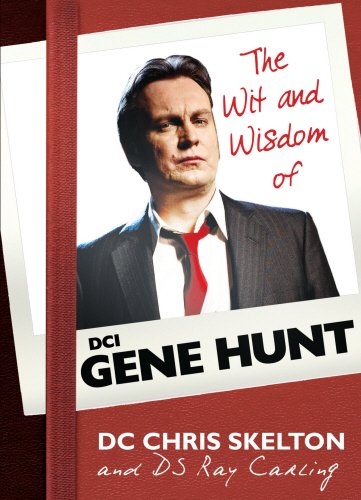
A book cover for The Wit and Wisdom of Gene Hunt; Humor & Entertainment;